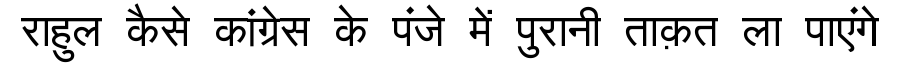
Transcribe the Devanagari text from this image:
राहुल कैसे कांग्रेस के पंजे में पुरानी ताक़त ला पाएंगे